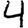
Digit: 4